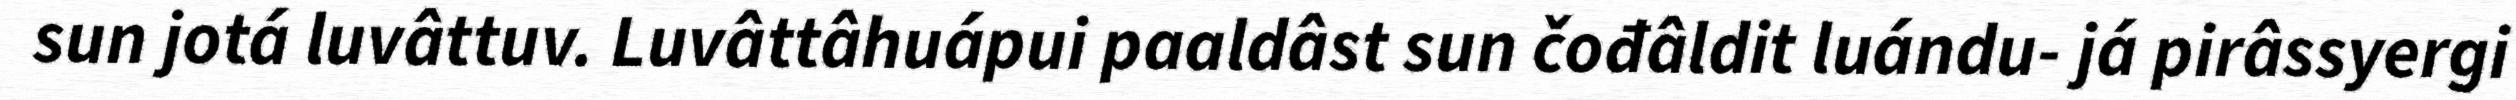
sun jotá luvâttuv. Luvâttâhuápui paaldâst sun čođâldit luándu- já pirâssyergi